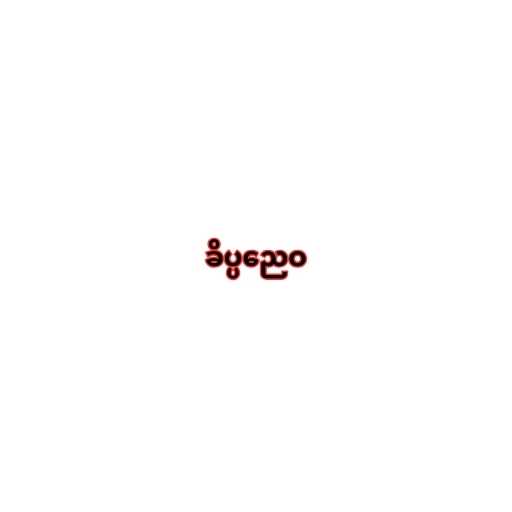
ခိပ္ပညေဝ